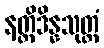
နတ္ထိဒိန္နသုတ္တံ